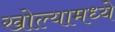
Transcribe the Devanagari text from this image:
खोल्यामध्ये